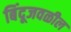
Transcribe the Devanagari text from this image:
बिंदूजवळील